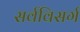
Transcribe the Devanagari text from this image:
सर्वविसर्ग